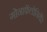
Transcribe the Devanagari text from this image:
गोनाफॅलोनियेरे